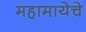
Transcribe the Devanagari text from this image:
महामायेचे